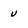
Character: v